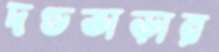
দণ্ডভাড়ার